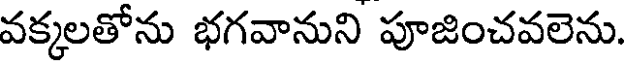
వక్కలతోను భగవానుని పూజించవలెను.